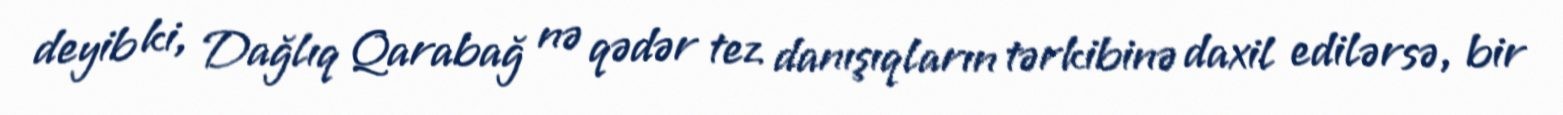
deyib ki, Dağlıq Qarabağ nə qədər tez danışıqların tərkibinə daxil edilərsə, bir